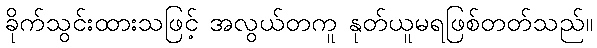
ခိုက်သွင်းထားသဖြင့် အလွယ်တကူ နုတ်ယူမရဖြစ်တတ်သည်။